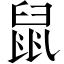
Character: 鼠